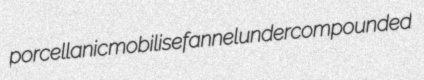
porcellanic mobilise fannel undercompounded